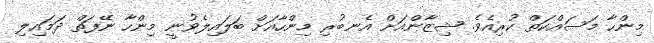
މިންހާ މަސައްކަތް ކުރިއެވެ. ޝިޒާންއަށް އެނބުރި މިންހާއަށް ބަލައިލެވުނީ މިންހާ ނޭފަތް ދަމައިލި